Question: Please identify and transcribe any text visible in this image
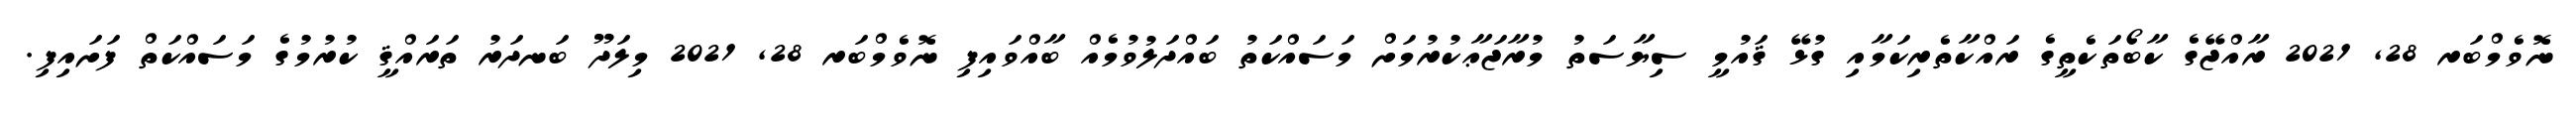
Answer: ނޮވެމްބަރ 28, 2021 ރާއްޖޭގެ ކާބޯތަކެތީގެ ރައްކާތެރިކަމާއި ގުޅޭ ޤައުމީ ސިޔާސަތު މުރާޖަޢާކުރުމަށް މަސައްކަތު ބައްދަލުވުމެއް ބާއްވައިފި ނޮވެމްބަރ 28, 2021 މިލަދޫ ބަނދަރު ތަރައްޤީ ކުރުމުގެ މަސައްކަތް ފަށައިފި.